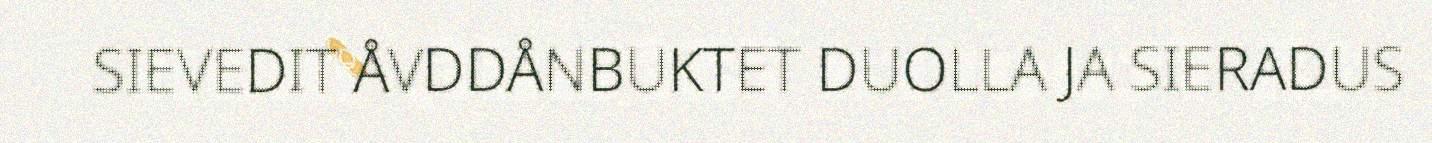
SIEVEDIT ÅVDDÅNBUKTET DUOLLA JA SIERADUS